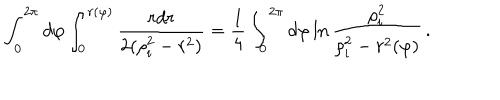
LaTeX: \int _ { 0 } ^ { 2 \pi } d \varphi \int _ { 0 } ^ { r ( \varphi ) } { \frac { r d r } { 2 ( \rho _ { i } ^ { 2 } - r ^ { 2 } ) } } = { \frac { 1 } { 4 } } \int _ { 0 } ^ { 2 \pi } d \varphi \ln { \frac { \rho _ { i } ^ { 2 } } { \rho _ { i } ^ { 2 } - r ^ { 2 } ( \varphi ) } } \, .